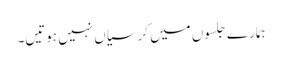
ہمارے جلسوں میں کرسیاں نہیں ہوتیں۔